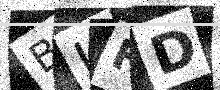
Text: BUFD